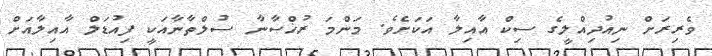
ވެރިރަށް ނިއުދިއްލީގެ ސިކް އާއިލާ އަކަށެވެ. މަންމަ ރުޚްސާނާ ސުލްތާނާއަކީ ފިއުޑަލް އާއިލާއަށް